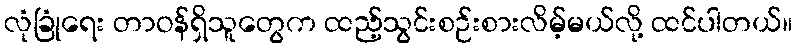
လုံခြုံရေး တာဝန်ရှိသူတွေက ထည့်သွင်းစဉ်းစားလိမ့်မယ်လို့ ထင်ပါတယ်။